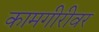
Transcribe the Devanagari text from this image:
कामगीरीवर